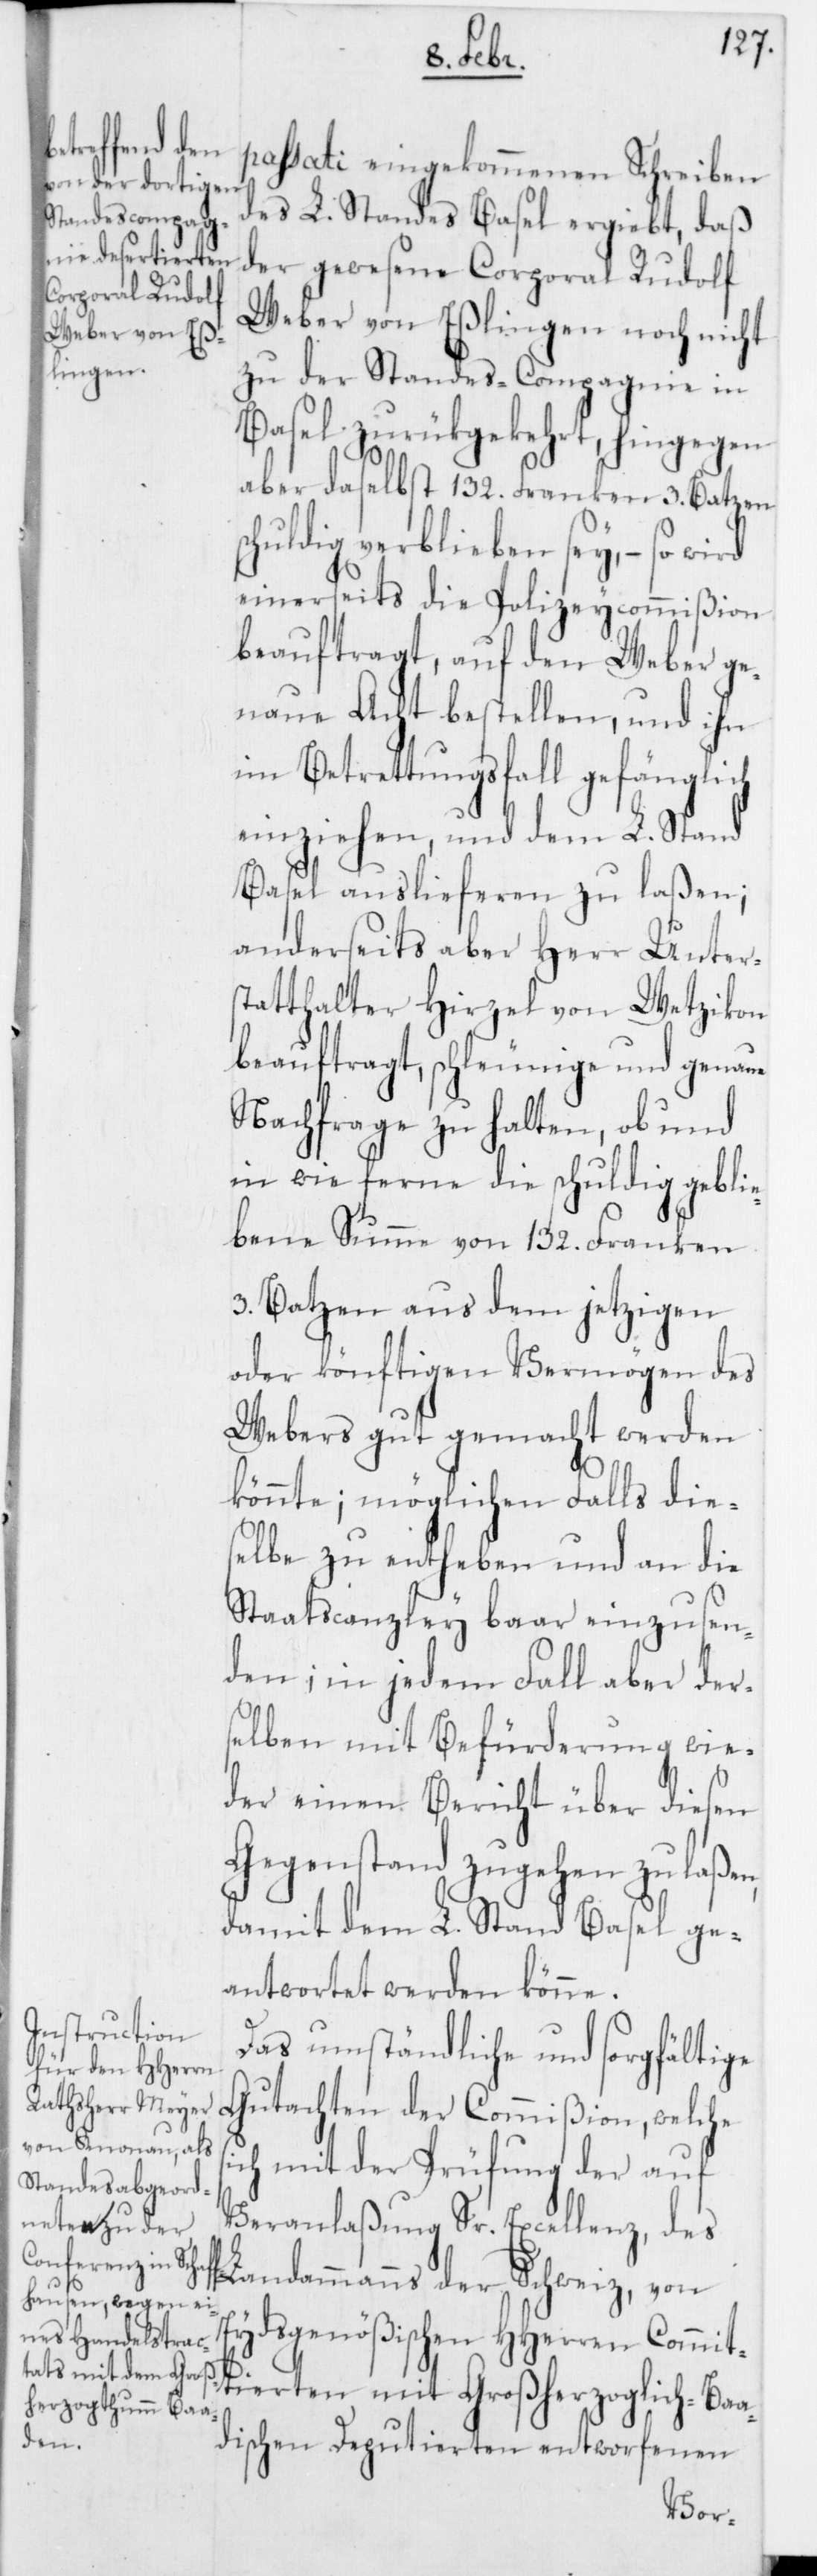
s¬

passati eingekommenen Schreiben
des L. Standes Basel ergiebt, daß
der gewesene Corporal Rudolf
Weber von Eßlingen noch nicht
zu der Standes-Compagnie in
Basel zurükgekehrt, hingegen
aber daselbst 132. Franken 3. Batzen
schuldig verblieben sey, so wird
einerseits die Polizeycommißion
beauftragt, auf den Weber ge¬
naue Acht bestellen, und ihn
im Betrettungsfall gefänglich
einziehen, und dem L. Stand
Basel auslieferen zu laßen;
anderseits aber Herr Unter¬
statthalter Hirzel von Wetzikon
beauftragt, schleunige und genaue
Nachfrage zu halten, ob und
in wie ferne die schuldig geblie¬
bene Summe von 132. Franken
3. Batzen aus dem jetzigen
oder könftigen Vermögen des
Webers gut gemacht werden
könnte; möglichen Falls dies¬
elbe zu entheben und an die
Staatscanzley baar einzusen¬
den; in jedem Fall aber der¬
selben mit Befürderung wie¬
der einen Bericht über diesen
Gegenstand zugehen zu laßen,
damit dem L. Stand Basel ge¬
antwortet werden könne.
Das umständliche und sorgfältige
Gutachten der Commißion, welche
ich mit der Prüfung der auf
Veranlaßung Sr. Excellenz, des
Landammanns der Schweiz, von
Eydsgenößischen HHerren Commit¬
tierten mit Großherzoglich-Baa¬
dischen Deputierten entworfenen